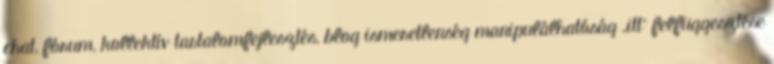
chat, fórum, kollektív tartalomfejlesztés, blog ismeretlenség manipulálhatóság „itt” felfüggesztése